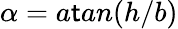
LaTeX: \alpha=a\mathsf{t}an(h/b)